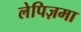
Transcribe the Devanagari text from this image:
लेपिज़मा